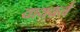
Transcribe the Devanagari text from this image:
वायवर्न